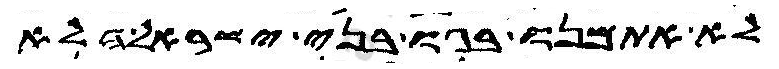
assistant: לא אתמנו בגו בני ישראל הלא